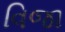
વિજા